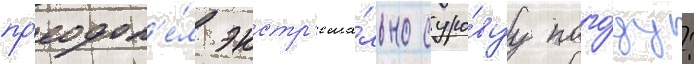
пр'еодол'е́л экстр'ема́льно суро́вуу пого́ду: